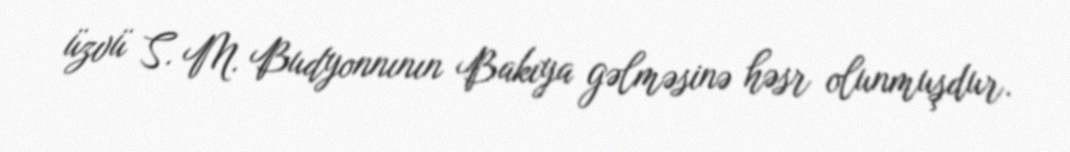
üzvü S. M. Budyonnının Bakıya gəlməsinə həsr olunmuşdur.